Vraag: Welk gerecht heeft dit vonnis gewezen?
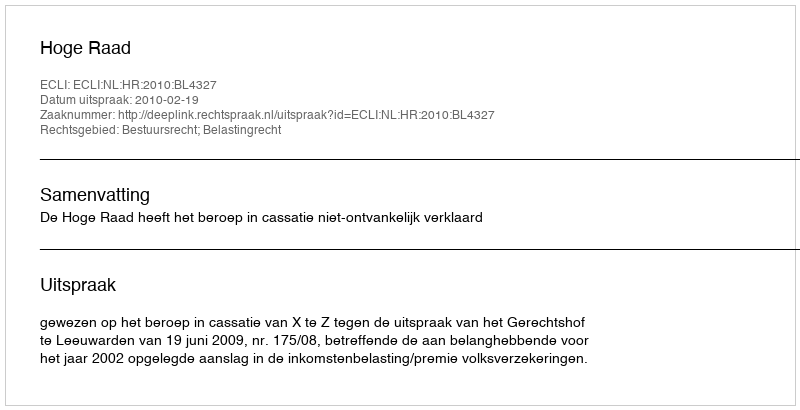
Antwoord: Hoge Raad